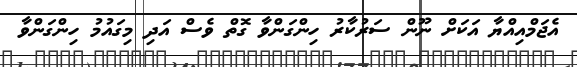
އެޖަމްއިއްޔާ އަކަށް ނޫން ސަރުކާރު ހިންގަންވާ ގޮތް ވެސް އަދި މިގައުމު ހިންގަންވާ